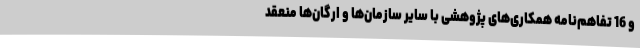
و 16 تفاهم‌نامه همکاری‌های پژوهشی با سایر سازمان‌ها و ارگان‌ها منعقد